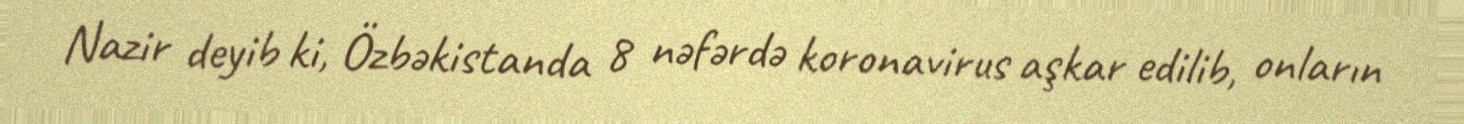
Nazir deyib ki, Özbəkistanda 8 nəfərdə koronavirus aşkar edilib, onların